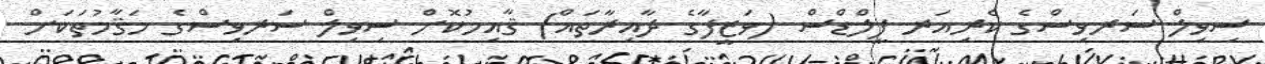
ސިވިލް ސަރވިސްގެ ކެރިއަރ ފީލްޑްސް (ވަޒީފާގެ ދާއިރާތައް) ޤާއިމުކޮށް ސިވިލް ސަރވިސްގެ މަޤާމުތަކަށް